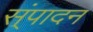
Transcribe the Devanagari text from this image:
स्ंपादन